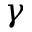
\gamma